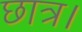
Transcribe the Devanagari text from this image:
छात्र।